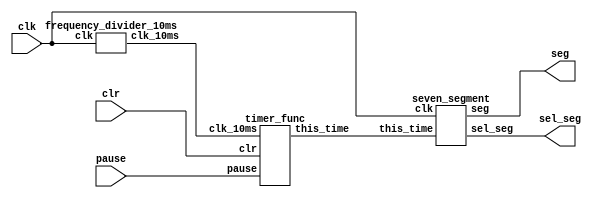
`timescale 1ns / 1ps
//////////////////////////////////////////////////////////////////////////////////
// Company: 
// Engineer: 
// 
// Design Name: 
// Module Name: timer
// Project Name: 
// Target Devices: 
// Tool Versions: 
// Description: 
// 
// Dependencies: 
// 
// Revision:
// Revision 0.01 - File Created
// Additional Comments:
// 
//////////////////////////////////////////////////////////////////////////////////


module timer(clk,pause,clr,sel_seg,seg);
   input clk;//
   input pause;//
   input clr;//
   output [7:0] sel_seg;
   output [6:0] seg;
wire clk_10ms;
wire [23:0]this_time;//

frequency_divider_10ms u1(
   .clk(clk),
   .clk_10ms(clk_10ms)  );
   
timer_func u2(
   .clk_10ms(clk_10ms),
   .pause(pause),
   .clr(clr),
   .this_time(this_time)   );
   
seven_segment u3(
   .clk(clk),
   .this_time(this_time),
   .sel_seg(sel_seg),
   .seg(seg)   );
endmodule

module frequency_divider_10ms(
   input clk,//10ns
   output reg clk_10ms   //1s
   );
reg [20:0]count=21'd0;
reg temp2=1'b0;
always @ (posedge clk)
if(count==21'd500000)//F==?Hz
  begin
    temp2=~temp2;
    clk_10ms<=temp2;
    count<=21'd0;
  end  
else
  count<=count+1'b1;

endmodule

module timer_func(clk_10ms,pause,clr,this_time);
   input clk_10ms;//1s
   input pause;//
   input clr;//
   output reg [23:0]this_time;// 
always @(posedge clr)
begin
   this_time[23:0]= 24'b000000000000000000000000;
end
always @(posedge clk_10ms)
begin
   if(clr)
      begin  this_time<=24'h000000;  end
   //clr=0
   else
      begin 
      if(!pause)//jinwei
      begin
         if(this_time[3:0]==4'b1001)//10
         begin
                   if(this_time[7:4]==4'b0101)//6
                   begin
                            if(this_time[11:8]==4'b1001)//10
                            begin
                                           if(this_time[15:12]==4'b0101)//6
                                           begin
                                                   if(this_time[19:16]==4'b1001)//10
                                                   begin
                                                          if(this_time[23:20]==4'b0010&&this_time[19:16]==4'b0100)//24
                                                          begin
                                                                this_time[23:20]<=4'b0000;
                                                          end
                                                          else
                                                          this_time[23:20]<=this_time[23:20]+1'b1;
                                                          this_time[19:16]<=4'b0000;
                                                   end
                                                   else
                                                   this_time[19:16]<=this_time[19:16]+1'b1;
                                                   this_time[15:12]<=4'b0000;
                                           end
                                           else
                                           this_time[15:12]<=this_time[15:12]+1'b1;
                                           this_time[11:8]<=4'b0000;
                            end
                            else
                            this_time[11:8]<=this_time[11:8]+1'b1;
                            this_time[7:4]<=4'b0000;
                   end
                   else
                   this_time[7:4]<=this_time[7:4]+1'b1;
                   this_time[3:0]<=4'b0000;
         end  
         else
         this_time[3:0]<=this_time[3:0]+1'b1;
      end
      end
end
endmodule

module seven_segment(clk,this_time,sel_seg,seg);
   input clk;
   input [23:0]this_time;
   output reg [7:0] sel_seg;
   output reg [6:0] seg;

reg [15:0]count=16'h0000;
reg [5:0]temp=6'b111110;
always @ (posedge clk)
begin
     if(count==16'hffff)
     begin
       temp<={temp[0],temp[5:1]};//
       sel_seg<=8'b11000000+temp;
       count<=16'h0000;
     end
     else
       count<=count+1'b1;
end

always @(this_time or sel_seg)
begin
  if(sel_seg==8'b11111110)
   begin
    case(this_time[3:0])
    4'b0000: seg=7'b1000000;  
    4'b0001: seg=7'b1111001;
    4'b0010: seg=7'b0100100; 
    4'b0011: seg=7'b0110000; 
    4'b0100: seg=7'b0011001; 
    4'b0101: seg=7'b0010010; 
    4'b0110: seg=7'b0000010;
    4'b0111: seg=7'b1111000;
    4'b1000: seg=7'b0000000;
    4'b1001: seg=7'b0010000;
    default: seg=7'b1111111;
    endcase
   end
  else if(sel_seg==8'b11111101)
   begin
    case(this_time[7:4])
    4'b0000: seg=7'b1000000;  
    4'b0001: seg=7'b1111001;
    4'b0010: seg=7'b0100100; 
    4'b0011: seg=7'b0110000; 
    4'b0100: seg=7'b0011001; 
    4'b0101: seg=7'b0010010; 
    4'b0110: seg=7'b0000010;
    4'b0111: seg=7'b1111000;
    4'b1000: seg=7'b0000000;
    4'b1001: seg=7'b0010000;
    default: seg=7'b1111111;
    endcase
   end
  else if(sel_seg==8'b11111011)
    begin
     case(this_time[11:8])
     4'b0000: seg=7'b1000000;  
     4'b0001: seg=7'b1111001;
     4'b0010: seg=7'b0100100; 
     4'b0011: seg=7'b0110000; 
     4'b0100: seg=7'b0011001; 
     4'b0101: seg=7'b0010010; 
     4'b0110: seg=7'b0000010;
     4'b0111: seg=7'b1111000;
     4'b1000: seg=7'b0000000;
     4'b1001: seg=7'b0010000;
     default: seg=7'b1111111;
     endcase
    end 
  else if(sel_seg==8'b11110111)
     begin
      case(this_time[15:12])
      4'b0000: seg=7'b1000000;  
      4'b0001: seg=7'b1111001;
      4'b0010: seg=7'b0100100; 
      4'b0011: seg=7'b0110000; 
      4'b0100: seg=7'b0011001; 
      4'b0101: seg=7'b0010010; 
      4'b0110: seg=7'b0000010;
      4'b0111: seg=7'b1111000;
      4'b1000: seg=7'b0000000;
      4'b1001: seg=7'b0010000;
      default: seg=7'b1111111;
      endcase
     end
  else if(sel_seg==8'b11101111)
      begin
       case(this_time[19:16])
       4'b0000: seg=7'b1000000;  
       4'b0001: seg=7'b1111001;
       4'b0010: seg=7'b0100100; 
       4'b0011: seg=7'b0110000; 
       4'b0100: seg=7'b0011001; 
       4'b0101: seg=7'b0010010; 
       4'b0110: seg=7'b0000010;
       4'b0111: seg=7'b1111000;
       4'b1000: seg=7'b0000000;
       4'b1001: seg=7'b0010000;
       default: seg=7'b1111111;
       endcase
      end
  else//sel_seg==8'b11011111
       begin
        case(this_time[23:20])
        4'b0000: seg=7'b1000000;  
        4'b0001: seg=7'b1111001;
        4'b0010: seg=7'b0100100; 
        4'b0011: seg=7'b0110000; 
        4'b0100: seg=7'b0011001; 
        4'b0101: seg=7'b0010010; 
        4'b0110: seg=7'b0000010;
        4'b0111: seg=7'b1111000;
        4'b1000: seg=7'b0000000;
        4'b1001: seg=7'b0010000;
        default: seg=7'b1111111;
        endcase
       end
end  
endmodule